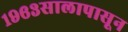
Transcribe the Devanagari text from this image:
१९६३सालापासून